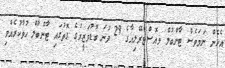
އެހެން ނަމަވެސް ޓާންބުލް ވއޮސްޓްރޭލިއާގެ 29 ވަނަ ބޮޑުވަޒީރުގެ ގޮތުގައި ޓާންބުލް ހުވާކުރެއްވި